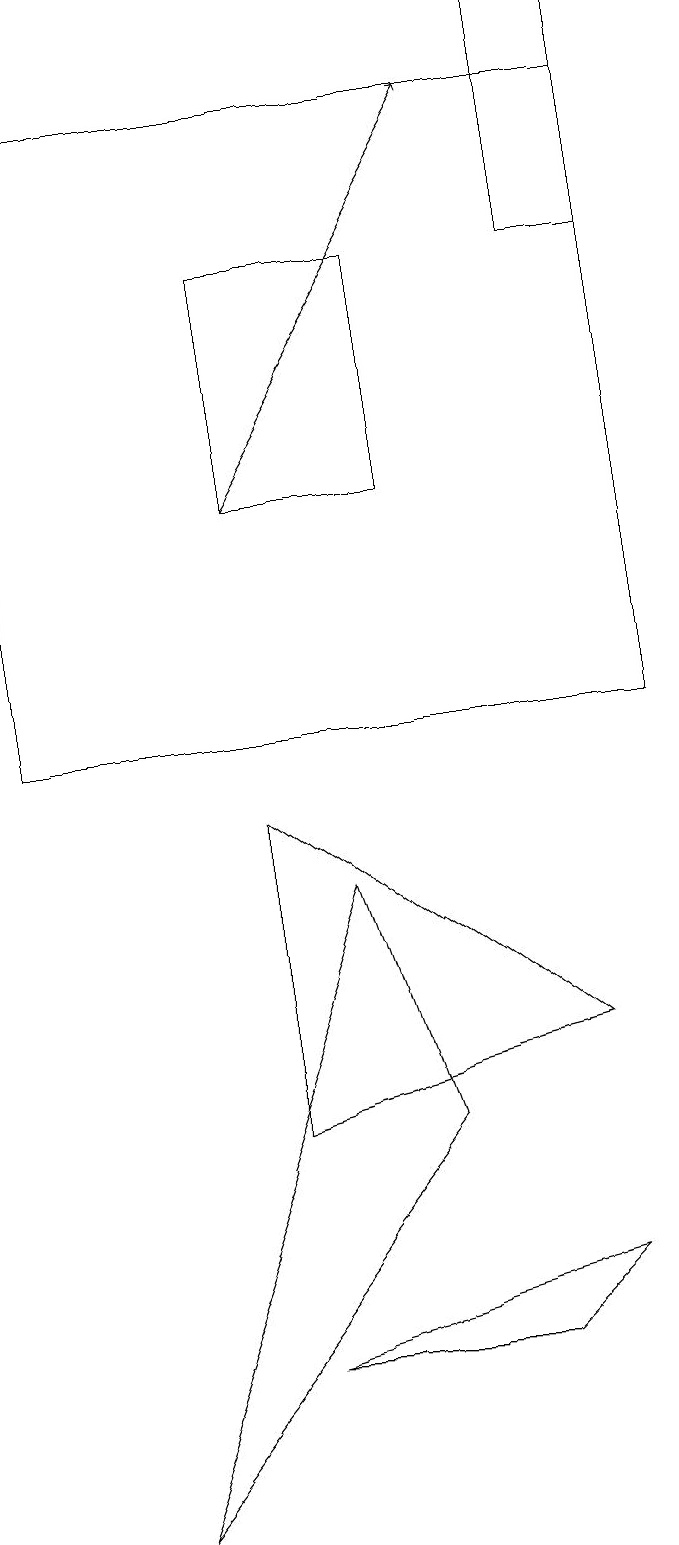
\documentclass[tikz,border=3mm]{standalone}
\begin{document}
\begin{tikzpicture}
\draw (5,5) -- (1,0) -- (4,8) -- cycle;
\draw (3,9) -- (7,6) -- (3,5) -- cycle;
\draw (7,16) rectangle (8,19);
\draw[->] (3,13) -- (6,18);
\draw (6,2) -- (3,2) -- (7,3) -- cycle;
\draw (5,16) rectangle (3,13);
\draw (8,18) rectangle (0,10);
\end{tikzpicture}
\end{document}